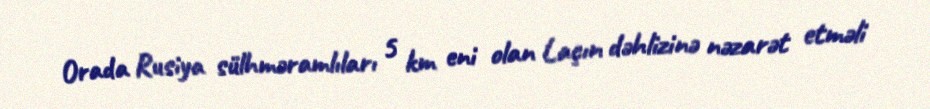
Orada Rusiya sülhməramlıları 5 km eni olan Laçın dəhlizinə nəzarət etməli